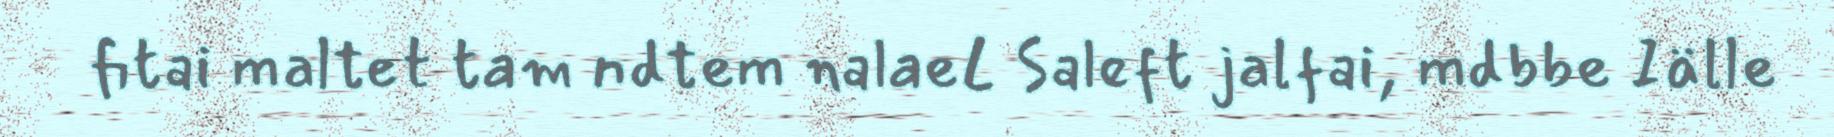
fitai maltet tam ndtem nalaeL Saleft jalfai, mdbbe Iälle